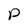
Character: P